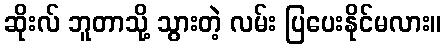
ဆိုးလ် ဘူတာသို့ သွားတဲ့ လမ်း ပြပေးနိုင်မလား။